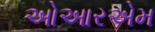
ઓઆરએમ